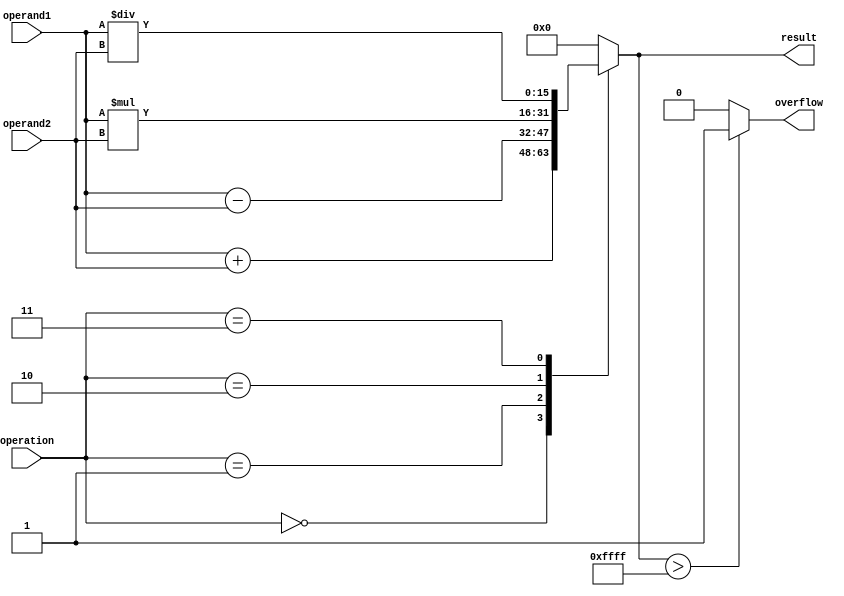
module ALU (
    input [15:0] operand1,
    input [15:0] operand2,
    input [3:0] operation,
    output reg [15:0] result,
    output reg overflow
);

always @(*)
begin
    case(operation)
        4'b0000: result = operand1 + operand2; // adder
        4'b0001: result = operand1 - operand2; // subtractor
        4'b0010: result = operand1 * operand2; // multiplier
        4'b0011: result = operand1 / operand2; // divider
        default: result = 16'b0;
    endcase
    
    if(result > 16'hFFFF) // overflow detection logic
        overflow = 1'b1;
    else
        overflow = 1'b0;
end

endmodule